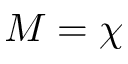
M = \chi